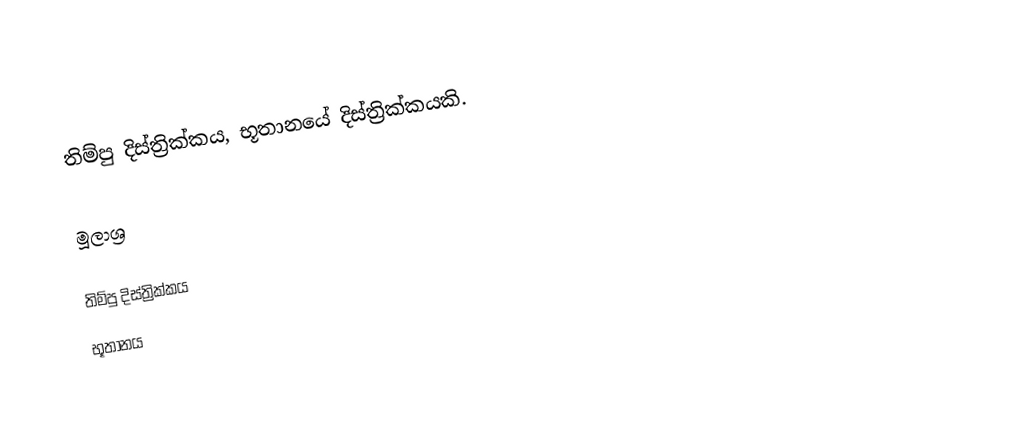
තිම්පු දිස්ත්‍රික්කය, භූතානයේ දිස්ත්‍රික්කයකි.

මූලාශ්‍ර

තිම්පු දිස්ත්‍රික්කය
භූතානය